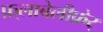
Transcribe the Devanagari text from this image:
फ़्लाबेलीफ़ेर्